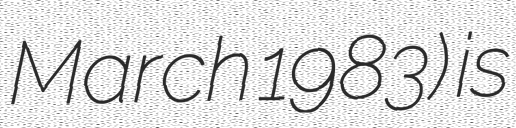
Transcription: March 1983) is